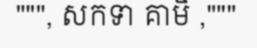
""", សកទា គាមិ ,"""